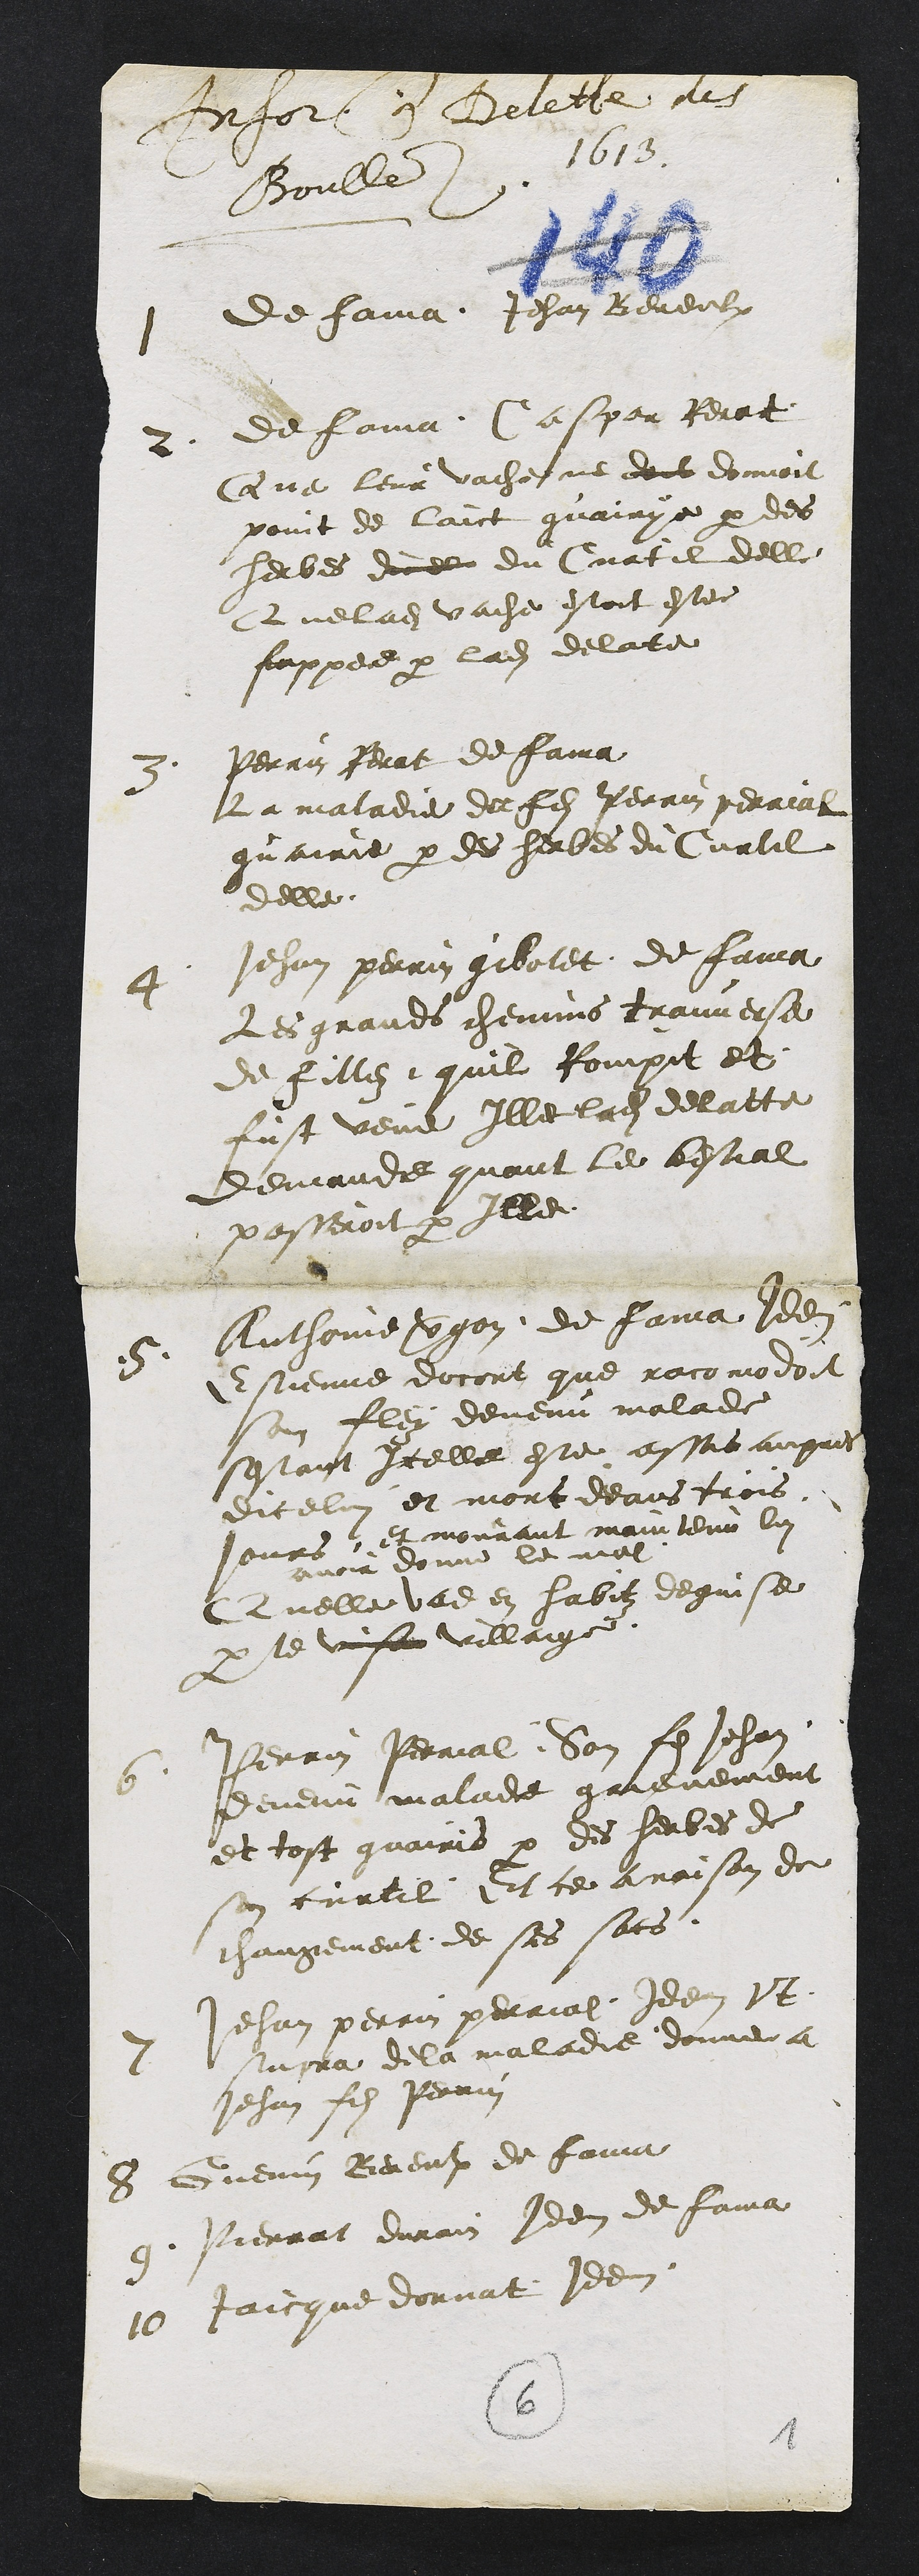
or a Bette
1613
Boulles
1
de fama Jehan Bereulx
2
de fama Caspar terat
Que leur vache ne dont donnoit
point de laict guairie par des
herbes dune du Curtil delle
Que ladite vache estoit estee
fappee par ladite de lace
3
Perrin herat de faia
La maladie de les Perrin perrial
guairie par des herbes du Curtil
delle
4
Jehan perrin gibolet de faia
Les grandes chenne traverse
de fille quil Rompit et
fust vene elle lade delatte
demande quant le bestial
passeroit par elle
5
Anthanne veon de fama de
Estienne docort que racomodoit
son les devenu malade
sestant Icelle este assis aupres
dicelui et mort deans trois
jours et mourant maintenu lui
avoir donne le mal
Quelle vaden habitz dequisse
par le se villaige
6
Perrin Perrial Son fils Jehan
de malade grienement
et tost guairis par des herbes de
son curtil. Et ce a raison de
changement de ses sans
7
Jehan perrin perrial de et
pra de la maladie donne a
Jehan fils Perrin
8
nenin Bereulx de fain
9
Pierrat dirain de de famat
10
Jaicque donnat de